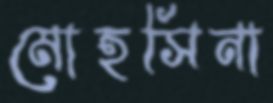
মোহসিনা